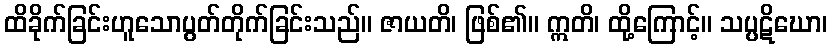
ထိခိုက်ခြင်းဟူသောပွတ်တိုက်ခြင်းသည်။ ဇာယတိ၊ ဖြစ်၏။ ဣတိ၊ ထို့ကြောင့်။ သပ္ပဋိဃော၊